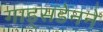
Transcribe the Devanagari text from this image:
गाड्सडेनने